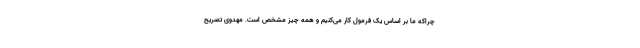
چراکه ما بر اساس یک فرمول کار می‌کنیم و همه چیز مشخص است. مهدوی تصریح